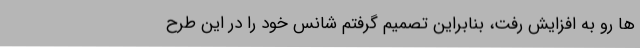
ها رو به افزایش رفت، بنابراین تصمیم گرفتم شانس خود را در این طرح